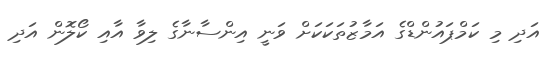
އަދި މި ކަމްޕައުންޑްގެ އަމާޒުތަކަކަށް ވަނީ އިންސާނާގެ ލިވާ އާއި ކޯލޮން އަދި